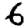
Digit: 6